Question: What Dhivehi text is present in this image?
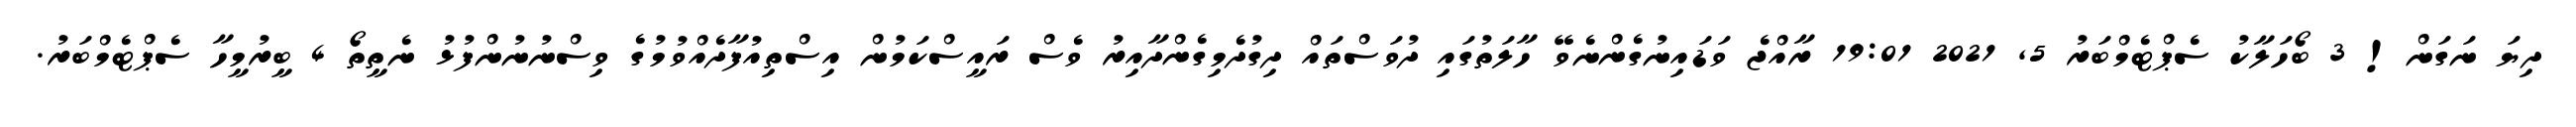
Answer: ދިޔަ ނަގަން! 3 ބޯހަލާކު ސެޕްޓެމްބަރު 5, 2021 19:01 ރާއްޖެ ވަޑައިނުގެންނެވޭ ހާލަތުގައި ދުވަސްތައް ދިގުދެމިގެންދާއިރު ވެސް ރައީސްކަމުން އިސްތިއުފާދެއްވުމުގެ ވިސްނުނުންފުޅު ނެތީތޯ 4 ބީރުމީހާ ސެޕްޓެމްބަރު.